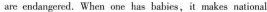
are endangered. When one has babies, it makes national